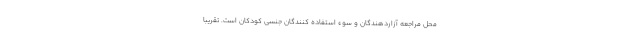
محل مراجعه آزاردهندگان و سوء استفاده کنندگان جنسی کودکان است. تقریبا